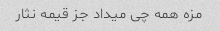
مزه همه چی میداد جز قیمه نثار